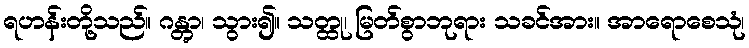
ရဟန်းတို့သည်။ ဂန္တွာ၊ သွား၍။ သတ္ထု၊ မြတ်စွာဘုရား သခင်အား။ အာရောစေသုံ၊